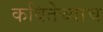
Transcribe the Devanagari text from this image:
कवितेच्याच